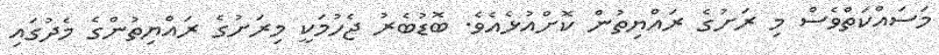
މަސައްކަތްވެސް މި ރަށުގެ ރައްޔިތުން ކޮށްއުޅެއެވެ. ބޮޑުބެރު ޖެހުމަކީ މިރަށުގެ ރައްޔިތުންގެ މެދުގައި